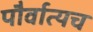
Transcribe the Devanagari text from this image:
पौर्वात्यच